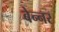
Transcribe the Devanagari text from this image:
बेन्नर